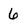
Character: 6